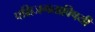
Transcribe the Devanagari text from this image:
पक्षिजगताविषयी